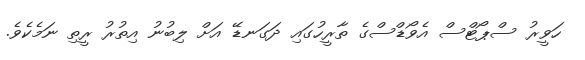
ހަވީރު ސްޕޯޓްސް އެވޯޑްސްގެ ތާރީހުގައި ދަގަނޑޭ އަށް ލިބުނު އިތުރު ރީތި ނަމެކެވެ.